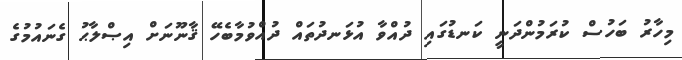
މިހާރު ބަހުސް ކުރަމުންދަނީ ކަނޑުގައި ދުއްވާ އުޅަނދުތައް ދުއްވުމާބެހޭ ޤާނޫނަށް އިޞްލާޙު ގެނައުމުގެ